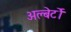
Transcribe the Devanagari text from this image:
अल्बेर्टों